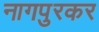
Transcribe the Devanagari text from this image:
नागपुरकर